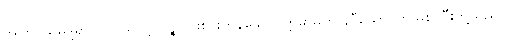
အကြင်သမုဒ္ဒရာပင်လယ်သို့။ ပဉ္စ၊ ငါးစင်းကုန်သော။ ဣမာမဟာနဒီယော၊ ဤမြစ်ကြီးတို့သည်။